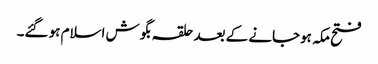
فتح مکہ ہوجانے کے بعد حلقہ بگوش اسلام ہو گئے۔